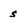
Character: s